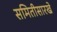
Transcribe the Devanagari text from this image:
समितीसारखे